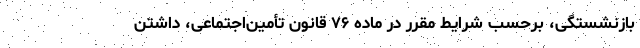
بازنشستگی، برحسب شرایط مقرر در ماده ۷۶ قانون تأمین‌اجتماعی، داشتن